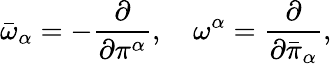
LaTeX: {\bar{\omega}}_{\alpha}=-\frac{\partial}{\partial\pi^{\alpha}},\quad{\omega}^{\alpha}=\frac{\partial}{\partial{\bar{\pi}}_{\alpha}},